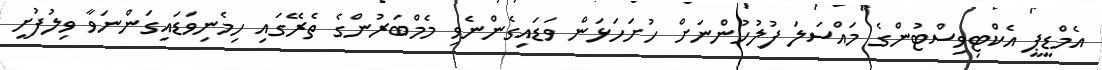
އެމްޑީޕީ އެކްޓިވިސްޓުންގެ މައްސަލަ ފުލުހުންނަށް ހުށަހަޅަން ވަޑައިގެންނެވި މެމްބަރުންގެ ތެރޭގައި ހިމެނިވަޑައިގަންނަވާ ވިލުފުށީ